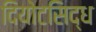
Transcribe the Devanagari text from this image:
दियोटसिद्ध